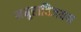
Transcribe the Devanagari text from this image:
मधुराविजयम